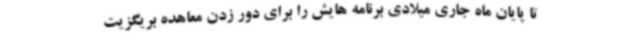
تا پایان ماه جاری میلادی برنامه هایش را برای دور زدن معاهده بریگزیت